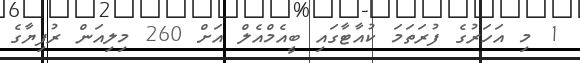
1 މި އަހަރުގެ ފުރަތަމަ ކުއާޓާގައި ބީއެމްއެލް އަށް 260 މިލިއަން ރުފިޔާގެ